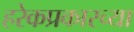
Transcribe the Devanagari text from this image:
हरेकप्रकारच्या